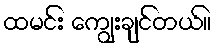
ထမင်း ကျွေးချင်တယ်။